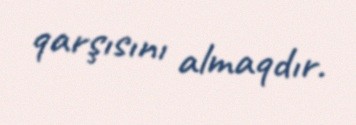
qarşısını almaqdır.